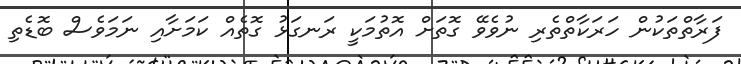
ފަރާތްތަކުން ހަރަކާތްތެރި ނުވެވޭ ގޮތަށް އޮތުމަކީ ރަނގަޅު ގޮތެއް ކަމަށާއި ނަމަވެސް ބޮޑެތި